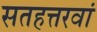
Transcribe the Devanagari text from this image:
सतहत्तरवां